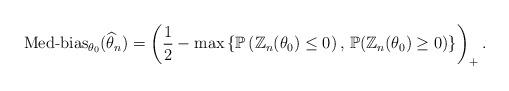
LaTeX: \begin{align*}\mbox{Med-bias}_{\theta_0}(\widehat{\theta}_n) = \left(\frac{1}{2} - \max\left\{\mathbb{P}\left(\mathbb{Z}_n(\theta_0) \le 0\right),\, \mathbb{P}(\mathbb{Z}_n(\theta_0) \ge 0)\right\}\right)_+. \end{align*}